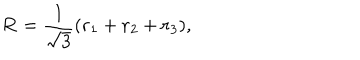
LaTeX: { \bf R } = \frac { 1 } { \sqrt { 3 } } ( { \bf r } _ { 1 } + { \bf r } _ { 2 } + { \bf r } _ { 3 } ) ,